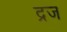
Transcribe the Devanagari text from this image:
द्रज